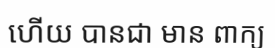
ហើយ បានជា មាន ពាក្យ